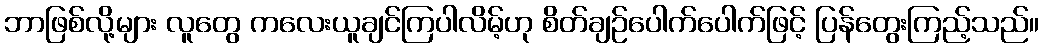
ဘာဖြစ်လို့များ လူတွေ ကလေးယူချင်ကြပါလိမ့်ဟု စိတ်ချဉ်ပေါက်ပေါက်ဖြင့် ပြန်တွေးကြည့်သည်။